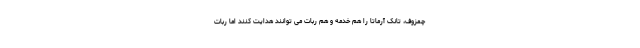
چمزوف، تانک آرماتا را هم خدمه و هم ربات می توانند هدایت کنند اما ربات